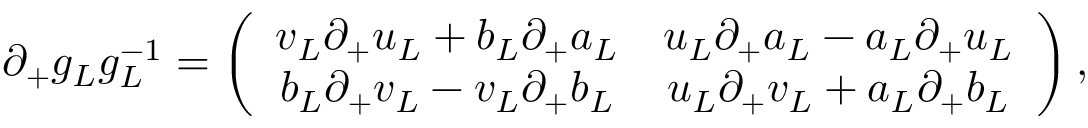
\partial _ { + } g _ { L } g _ { L } ^ { - 1 } = \left( \begin{array} { c c } { { v _ { L } \partial _ { + } u _ { L } + b _ { L } \partial _ { + } a _ { L } } } & { { u _ { L } \partial _ { + } a _ { L } - a _ { L } \partial _ { + } u _ { L } } } \\ { { b _ { L } \partial _ { + } v _ { L } - v _ { L } \partial _ { + } b _ { L } } } & { { u _ { L } \partial _ { + } v _ { L } + a _ { L } \partial _ { + } b _ { L } } } \end{array} \right) ,